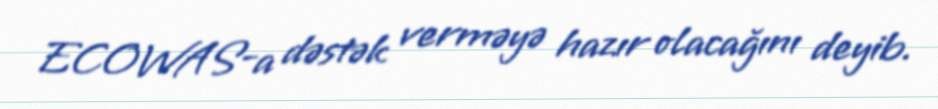
ECOWAS-a dəstək verməyə hazır olacağını deyib.